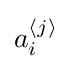
a_{i}^{{\mathcal {h}}j{\mathcal {i}}}